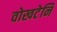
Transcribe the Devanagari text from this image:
वोखटेनि